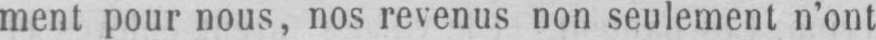
ment pour nous, nos revenus non seulement n’ont